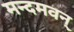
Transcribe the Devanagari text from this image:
मन्दमवन्